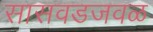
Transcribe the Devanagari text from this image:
सासवडजवळ